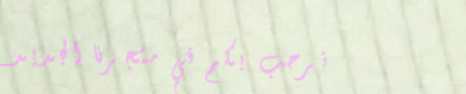
نرحب بكم في متجرنا الجديد